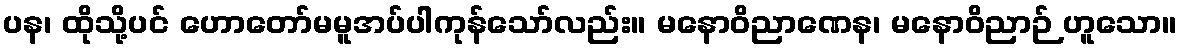
ပန၊ ထိုသို့ပင် ဟောတော်မမူအပ်ပါကုန်သော်လည်း။ မနောဝိညာဏေန၊ မနောဝိညာဉ် ဟူသော။